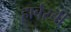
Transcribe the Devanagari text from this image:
हार्बरची